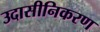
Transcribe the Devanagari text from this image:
उदासीनिकरण